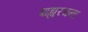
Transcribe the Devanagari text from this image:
बाह्यरचना